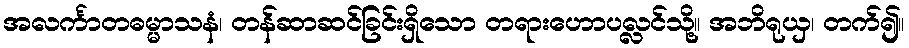
အလင်္ကာတဓမ္မာသနံ၊ တန်ဆာဆင်ခြင်းရှိသော တရားဟောပလ္လင်သို့။ အဘိရုယှ၊ တက်၍။